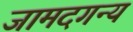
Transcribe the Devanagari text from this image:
जामदगन्य